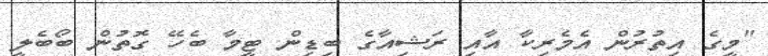
"މީގެ އިތުރުން އެމެރިކާ އާއި ރަޝިއާގެ ބިޑިން ޓީމާ ބެހޭ ގޮތުން ބޯބެލީ